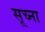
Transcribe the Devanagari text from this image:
सूच्ना